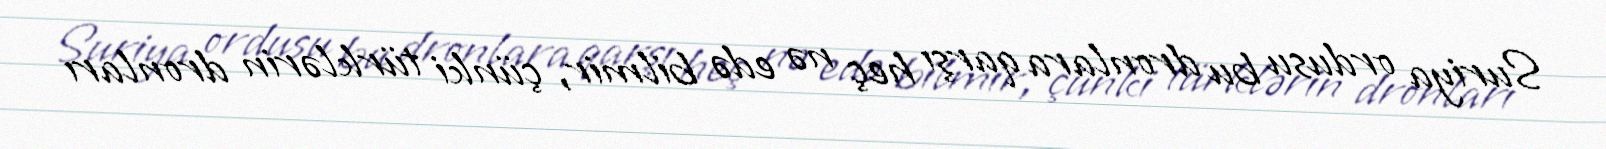
Suriya ordusu bu dronlara qarşı heç nə edə bilmir, çünki türklərin dronları